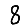
Digit: 8